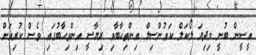
އީސީން ބުނީ މިދިޔަ ލޯކަލް ކައުންސިލް އިންތިހާބާއި ރިޔާސީ އިންތިހާބުގައި ވެސް ކުރިއަށް